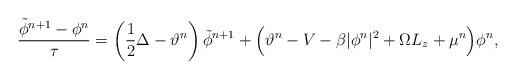
LaTeX: \begin{align*}\frac{\tilde{\phi}^{n+1}-\phi^n}{\tau} = \left(\frac{1}{2} \Delta -\vartheta^n\right)\tilde{\phi}^{n+1} + \Big(\vartheta^n-V-\beta|\phi^n|^{2}+ \Omega L_z + \mu^n\Big) \phi^n,\end{align*}